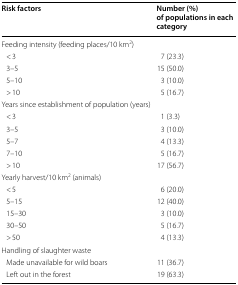
<table><thead><tr><td><b>Risk factors</b></td><td><b>Number (%) of populations in each category</b></td></tr></thead><tbody><tr><td colspan="2">Feeding intensity (feeding places/10 km<sup>2</sup>)</td></tr><tr><td> &lt; 3</td><td>7 (23.3)</td></tr><tr><td> 3–5</td><td>15 (50.0)</td></tr><tr><td> 5–10</td><td>3 (10.0)</td></tr><tr><td> &gt; 10</td><td>5 (16.7)</td></tr><tr><td colspan="2">Years since establishment of population (years)</td></tr><tr><td> &lt; 3</td><td>1 (3.3)</td></tr><tr><td> 3–5</td><td>3 (10.0)</td></tr><tr><td> 5–7</td><td>4 (13.3)</td></tr><tr><td> 7–10</td><td>5 (16.7)</td></tr><tr><td> &gt; 10</td><td>17 (56.7)</td></tr><tr><td colspan="2">Yearly harvest/10 km<sup>2</sup> (animals)</td></tr><tr><td> &lt; 5</td><td>6 (20.0)</td></tr><tr><td> 5–15</td><td>12 (40.0)</td></tr><tr><td> 15–30</td><td>3 (10.0)</td></tr><tr><td> 30–50</td><td>5 (16.7)</td></tr><tr><td> &gt; 50</td><td>4 (13.3)</td></tr><tr><td colspan="2">Handling of slaughter waste</td></tr><tr><td> Made unavailable for wild boars</td><td>11 (36.7)</td></tr><tr><td> Left out in the forest</td><td>19 (63.3)</td></tr></tbody></table>